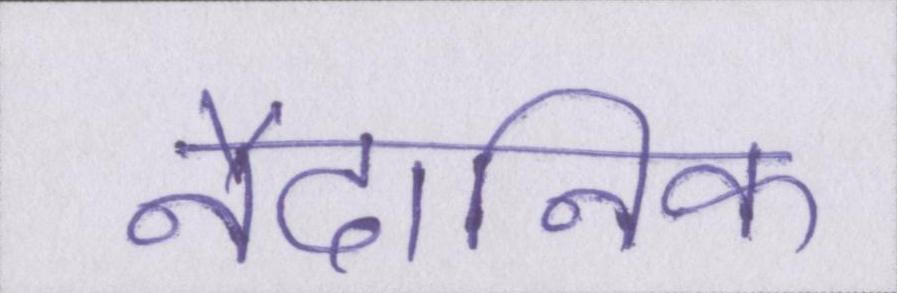
नैदानिक